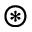
\circledast